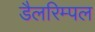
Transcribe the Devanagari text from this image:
डैलरिम्पल